Annual statistical returns and brief notes on vaccination in Bengal - 1887-1898
Year: 1887
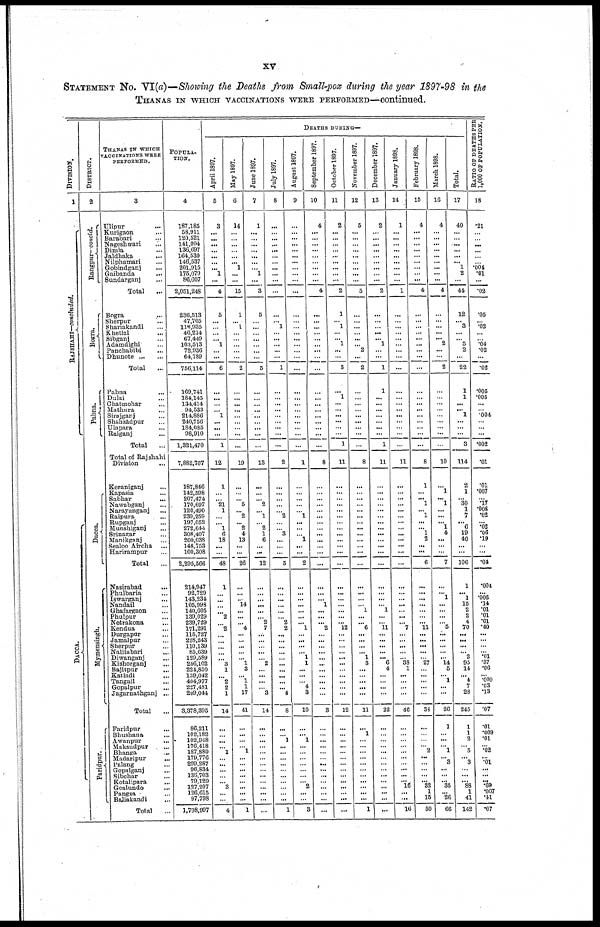
xv
STATEMENT No. VI(a)—Showing the Deaths from Small-pox during the year 1897-98 in the
THANAS IN WHICH VACCINATIONS WERE PERFORMED—continued.
DIVISION.
1
RAJSHAHI—concluded.
DACCA.
DISTRICT.
2
Rangpur— concld.
Bogra.
Pabna.
Dacca.
Mymensingh.
Faridpur.
THANAS IN WHICH
VACCINATIONS WERE
PERFORMED.
3
Ulipur ...
Kurigaon ...
Barabari ...
Nageshwari
...
Dimla ...
Jaldhaka
...
Nilphamari ...
Gobindganj ...
Gaibanda ...
Sundarganj ...
Total ...
Bogra ...
Sherpur ...
Shariakandi ...
Khetlal ...
Sibganj ...
Adamdighi ...
Panchabibi ...
Dhunote...
...
Total ...
Pabna ...
Dulai ...
Chatmohar ...
Mathura ...
Sirajganj ...
Shahzadpur ...
Ulapara ...
Raiganj ...
Total ...
Total of Rajshahi
Division ...
Keraniganj ...
Kapasia ...
Sabhar ...
Nawabganj ...
Narayanganj ...
Raipura ...
Rupganj ...
Munshiganj ...
Srinagar ...
Manikganj ...
Sealoo Aircha ...
Harirampur ...
Total ...
Nasirabad
...
Phulbaria ...
Iswarganj ...
Nandail ...
Ghafargaon ...
Phulpur ...
Netrakona ...
Kendua ...
Durgapur ...
Jamalpur ...
Sherpur ...
Nalitabari ...
Diwanganj ...
Kishorganj ...
Bajitpur ...
Katiadi ...
Tangail ...
Gopalpur ...
Jagarnathganj ...
Total ...
Faridpur ...
Bhushana ...
Awanpur ...
Maksudpur ...
Bhanga
...
Madaripur ...
Palang ...
Gopalganj ...
Sibchar ...
Kotalipara ...
Goalundo ...
Pangsa
Baliakandi ...
Total
...
POPULA¬
TION.
4
187,185
58,911
120,521
141,094
136,697
164,530
146,537
201,915
175,079
86,607
2,051,248
236,513
47,705
116,935
46,274
67,449
103,513
72,936
64,789
756,114
169,741
184,145
134,414
94,533
214,886
240,756
184,085
98,910
1,321,470
7,882,767
187,846
142,598
207,474
170,697
120,490
239,259
197,052
272,644
308,407
200,038
148,753
100,308
2,295,566
214,947
92,729
143,234
105,998
140,605
139,029
239,729
171,291
115,727
228,243
110,139
85,639
129,589
256,102
224,850
139,042
404,977
227,481
209,044
3,378,395
86,211
102,182
102,948
176,418
187,889
179,776
299,287
96,834
136,703
79,129
127,207
126,615
97,798
1,798,997
DEATHS DURING—
April 1897.
5
3
...
...
...
...
...
...
... 1
...
4
5
...
...
...
... 1
...
...
6
...
...
...
...
1
...
...
...
1
12
1
... ...
21
1
...
... 1
6
18
...
...
48
1
...
...
...
...
2
...
2
...
...
...
...
... 3
1
...
2
2
1
14
...
...
...
...
1
... ...
...
...
... 3
...
...
4
May 1897.
6
14
...
...
...
...
...
... 1
...
...
15
1
... 1
...
...
...
...
...
2
...
...
...
...
...
...
...
...
...
19
...
...
... 5
... 2
... 2
4
13
...
...
26
...
...
... 14
...
...
... 4
...
...
...
...
... 1
3
... 1
1
17
41
...
...
...
...
1
...
...
...
...
...
...
...
...
1
June 1897.
7
1
...
...
...
...
...
...
...
1
...
3
5
...
...
...
...
...
...
...
5
...
...
...
...
...
...
...
...
...
13
...
...
...
2
... 1
... 2
1
6
...
...
12
...
...
...
...
...
... 2
7
...
...
...
...
...
2
...
...
...
... 3
14
...
...
...
...
...
...
... ...
...
...
...
...
...
...
July 1897.
8
...
...
...
...
...
...
...
...
...
...
...
...
... 1
...
...
...
...
...
1
...
... ...
...
...
...
...
...
...
2
...
...
...
...
... 2
...
... 3
...
...
...
5
...
...
... ...
...
...
2
2
...
... ...
... ...
...
...
...
...
...
4
8
...
...
1
...
... ...
...
...
...
...
...
...
...
1
August 1897.
9
...
...
...
...
...
...
...
...
...
...
...
...
...
...
...
...
...
...
...
...
...
...
...
...
...
...
...
...
...
1
...
...
...
...
... 1
...
...
... 1
...
...
2
...
...
...
...
...
...
... 1
...
...
...
... 1
1
...
...
...
4
3
10
...
... 1
...
...
...
...
...
...
... 2
...
...
3
September 1897.
10
4
...
...
...
...
...
...
...
...
...
4
...
...
...
...
...
...
...
...
...
...
...
...
...
...
...
...
...
...
8
...
...
...
...
...
...
...
...
...
...
...
...
...
...
...
... 1
...
...
...
2
...
...
...
... ...
...
...
...
... ...
...
3
...
...
...
...
...
...
...
...
...
...
...
...
...
...
October 1897.
11
2
...
...
...
...
...
...
...
...
...
2
1
...
1
...
... 1
...
...
3
...
1
...
...
...
...
...
...
1
11
...
...
...
...
...
...
...
...
...
...
...
...
...
...
...
...
...
...
...
... 12
...
...
...
...
...
...
...
...
...
...
...
12
...
...
...
...
...
...
...
...
...
...
...
...
...
...
November 1897.
12
5
...
...
...
...
...
...
...
...
...
5
...
...
...
...
...
... 2
...
2
...
...
...
...
...
...
...
...
...
8
...
...
...
...
...
...
...
...
...
...
...
...
...
...
...
...
...
1
...
... 6
...
...
...
...
1
3
...
...
...
...
...
11
...
1
...
...
...
...
...
...
...
...
...
...
...
1
December 1897.
13
2
...
...
...
...
...
...
...
...
...
2
...
...
...
...
... 1
...
...
1
1
...
...
...
...
...
...
...
1
11
...
...
...
...
...
...
...
...
...
...
...
...
...
...
...
...
... 1
...
... 11
...
...
...
...
... 6
4
...
...
...
...
22
...
...
...
...
...
...
...
...
...
...
...
...
...
...
January 1898.
14
1
...
...
...
...
...
...
...
...
...
1
...
...
...
...
...
...
...
...
...
...
...
...
...
...
...
...
...
...
11
...
...
...
...
...
...
...
...
...
...
...
...
...
...
...
...
...
...
...
... 7
...
...
...
...
...
38
1
...
...
...
...
46
...
...
...
...
...
...
...
...
...
... 16
...
...
16
February 1898.
15
4
...
...
...
...
...
...
...
...
...
4
...
...
...
...
...
...
...
...
...
...
...
...
...
...
...
...
...
...
8
1
...
... 1
... 1
...
...
1
2
...
...
6
...
...
...
...
...
...
... 11
...
...
...
...
...
27
...
...
...
...
...
38
...
...
...
...
2
...
...
...
...
... 32
1
15
50
March 1898.
16
4
...
...
...
...
...
...
...
...
...
4
...
...
...
...
... 2
...
...
2
...
...
...
...
...
...
...
...
...
10
...
1
... 1
...
...
... 1
4
...
...
...
7
...
... 1
...
...
...
... 5
...
...
...
...
... 14
5
... 1
...
...
26
1
... ...
... 1
... 3
...
...
... 35
... 26
66
Total.
17
40
...
...
...
...
...
... 1
2
...
44
12
...
3
... ...
5
2
...
22
1
1
...
... 1
...
...
...
3
114
2
1
... 30
1
7
... 6
19
40
...
...
106
1
... 1
15
2
2
4
70
...
...
... ...
2
95
14
... 4
7
28
245
1
1
2
... 5
... 3
...
...
... 88
1
41
142
RATIO OF DEATHS PER
1,000 OF POPULATION.
18
.21
...
...
...
...
...
...
.004
.01
...
.02
.05
...
.02
...
...
.04
.02
...
.02
.005
.005
...
...
.004
...
...
...
.002
.01
.01
.007
...
.17
.008
.02
... .02
.06
.19
...
...
.04
.004
...
.006
.14
.01
.01
.01
.40
...
...
...
...
.01
.37
.06
... .009
.03
.13
.07
.01
.009
.01
...
.02
... .01
...
...
... .69
.007
.41
.07